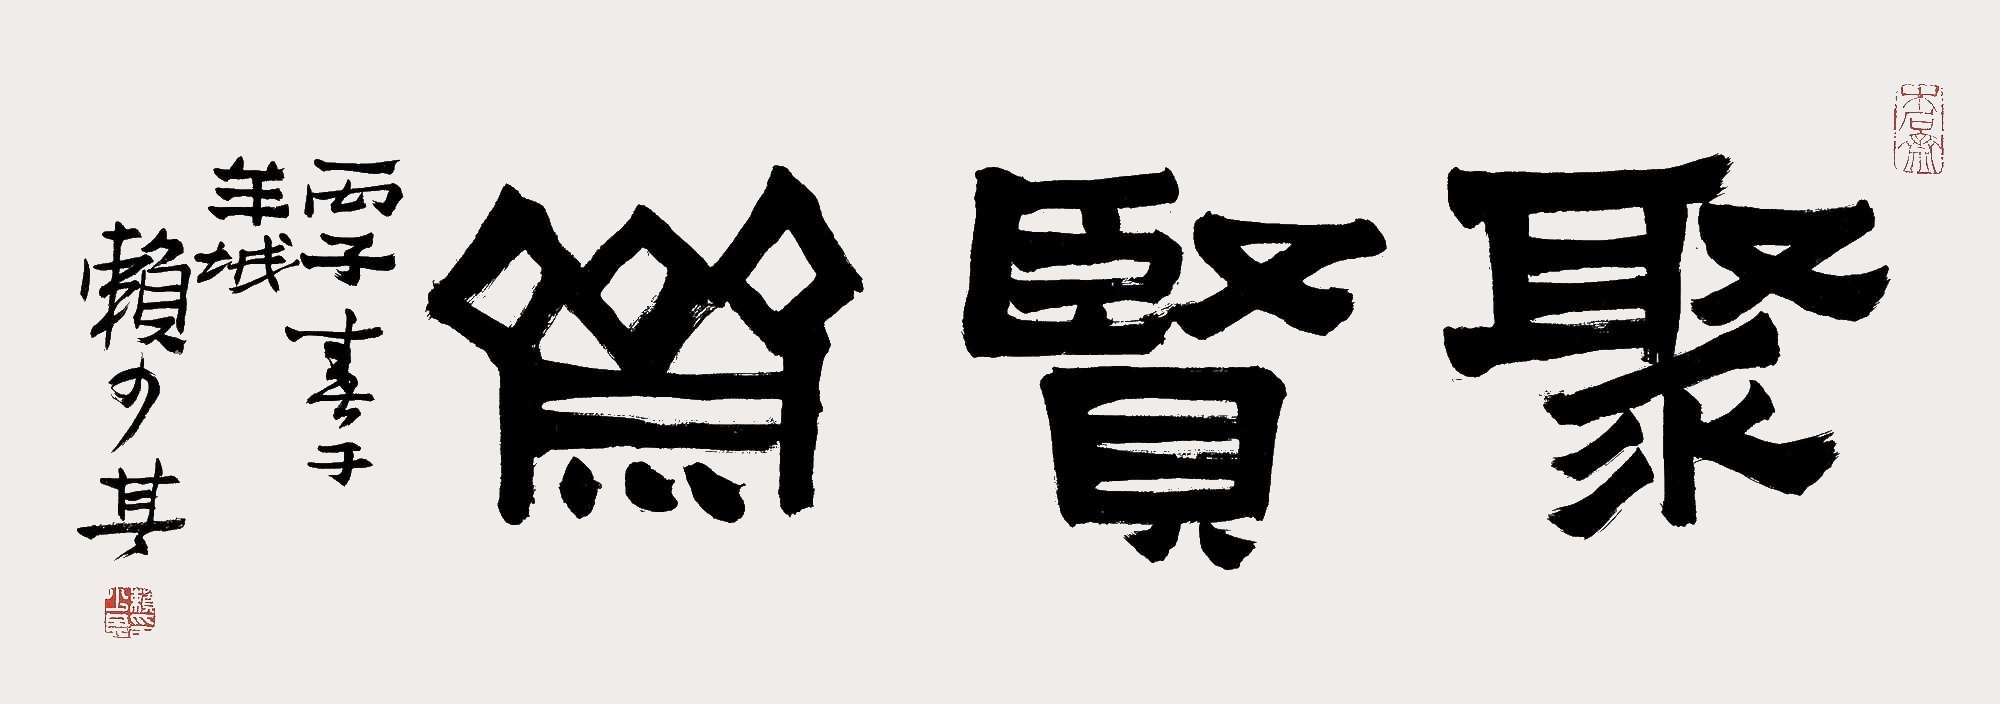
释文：聚贤斋。丙子春于羊城，赖少其。